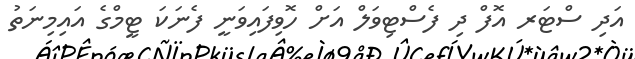
އަދި ސްޓަރ އޮފް ދި ފެސްޓިވަލް އަށް ހޮވިފައިވަނީ ފެނަކަ ޓީމްގެ އައިމިނަތު